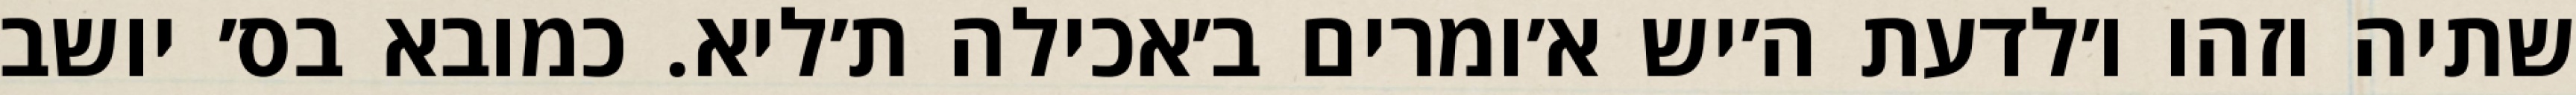
שתיה וזהו ו׳לדעת ה׳יש א׳ומרים ב׳אכילה ת׳ליא. כמובא בס׳ יושב